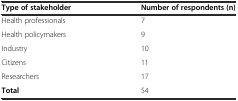
<table><thead><tr><td><b>Type of stakeholder</b></td><td><b>Number of respondents (n)</b></td></tr></thead><tbody><tr><td>Health professionals</td><td>7</td></tr><tr><td>Health policymakers</td><td>9</td></tr><tr><td>Industry</td><td>10</td></tr><tr><td>Citizens</td><td>11</td></tr><tr><td>Researchers</td><td>17</td></tr><tr><td><b>Total</b></td><td>54</td></tr></tbody></table>